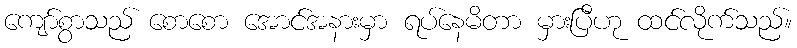
ကျော်စွာသည် စောစော အောင်အနားမှာ ရပ်နေမိတာ မှားပြီဟု ထင်လိုက်သည်။